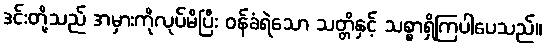
ဒင်းတို့သည် အမှားကိုလုပ်မိပြီး ဝန်ခံရဲသော သတ္တိနှင့် သစ္စာရှိကြပါပေသည်။